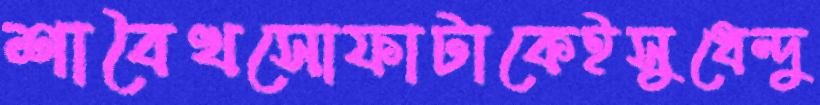
শাবৈখসোফাটাকেইসুধেন্দু